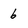
Character: 6